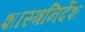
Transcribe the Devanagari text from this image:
शास्त्रनिर्देश